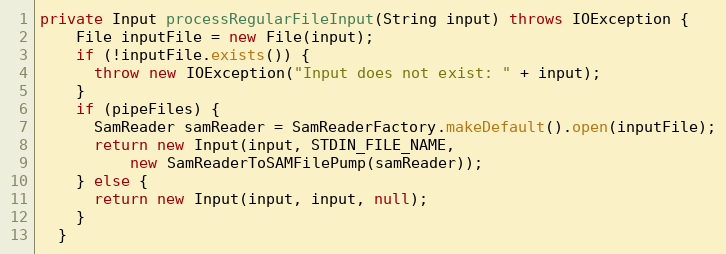
Language: Java
private Input processRegularFileInput(String input) throws IOException {
    File inputFile = new File(input);
    if (!inputFile.exists()) {
      throw new IOException("Input does not exist: " + input);
    }
    if (pipeFiles) {
      SamReader samReader = SamReaderFactory.makeDefault().open(inputFile);
      return new Input(input, STDIN_FILE_NAME,
          new SamReaderToSAMFilePump(samReader));
    } else {
      return new Input(input, input, null);
    }
  }